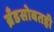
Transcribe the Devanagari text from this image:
ब्रँडसोबतही